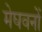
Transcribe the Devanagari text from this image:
मेघवनों